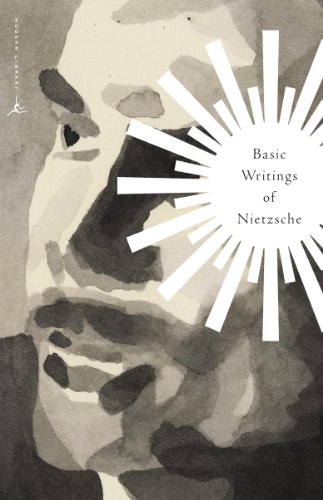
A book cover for Basic Writings of Nietzsche (Modern Library Classics); Friedrich Nietzsche; Politics & Social Sciences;